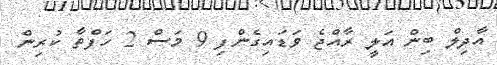
އާދިލް ބިން އަލީ ރާއްޖެ ވަޑައިގެންފި 9 މަސް 2 ހަފްތާ ކުރިން